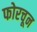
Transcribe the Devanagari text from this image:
फोरचून